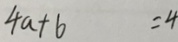
4 a + b = 4